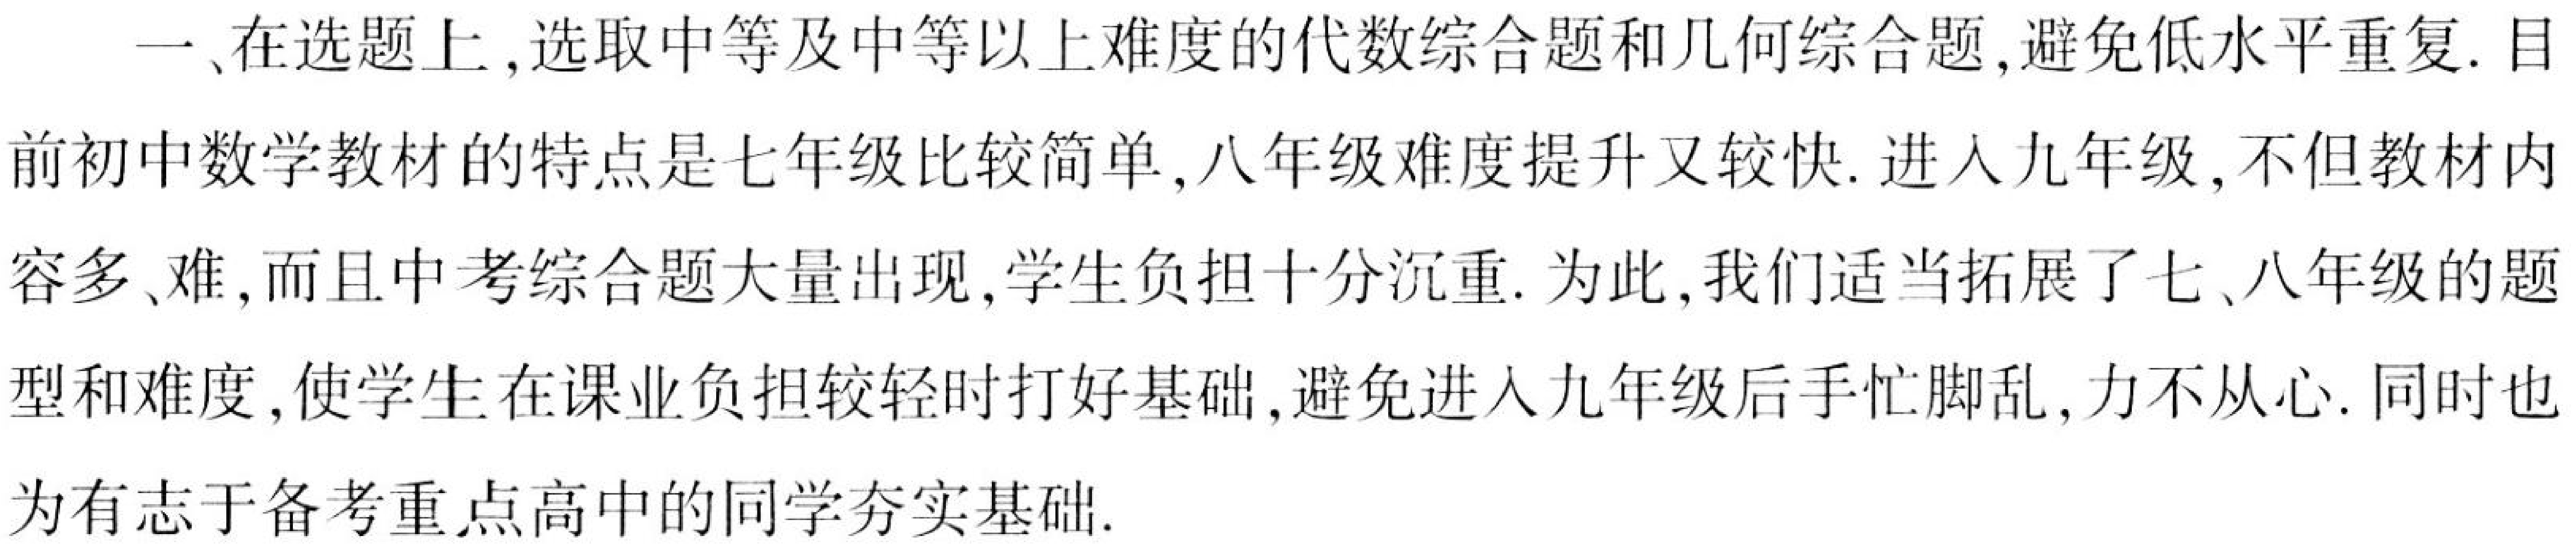
一、在选题上,选取中等及中等以上难度的代数综合题和几何综合题,避免低水平重复. 目
前初中数学教材的特点是七年级比较简单,八年级难度提升又较快. 进入九年级,不但教材内
容多、难,而且中考综合题大量出现,学生负担十分沉重. 为此,我们适当拓展了七、八年级的题
型和难度,使学生在课业负担较轻时打好基础,避免进入九年级后手忙脚乱,力不从心. 同时也
为有志于备考重点高中的同学夯实基础.